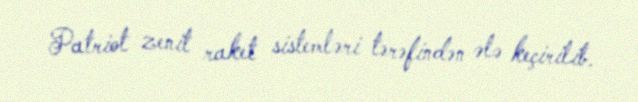
Patriot zenit raket sistemləri tərəfindən ələ keçirilib.